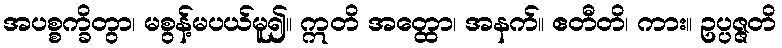
အပစ္စက္ခိတွာ၊ မစွန့်မပယ်မူ၍။ ဣတိ အတ္ထော၊ အနက်။ ဧတီတိ၊ ကား။ ဥပ္ပဇ္ဇတိ